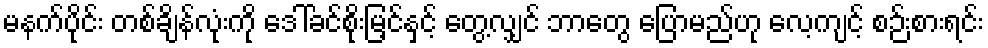
မနက်ပိုင်း တစ်ချိန်လုံးကို ဒေါ်ခင်စိုးမြ့င်နှင့် တွေ့လျှင် ဘာတွေ ပြောမည်ဟု လေ့ကျင့် စဉ်းစားရင်း